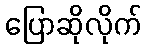
ပြောဆိုလိုက်